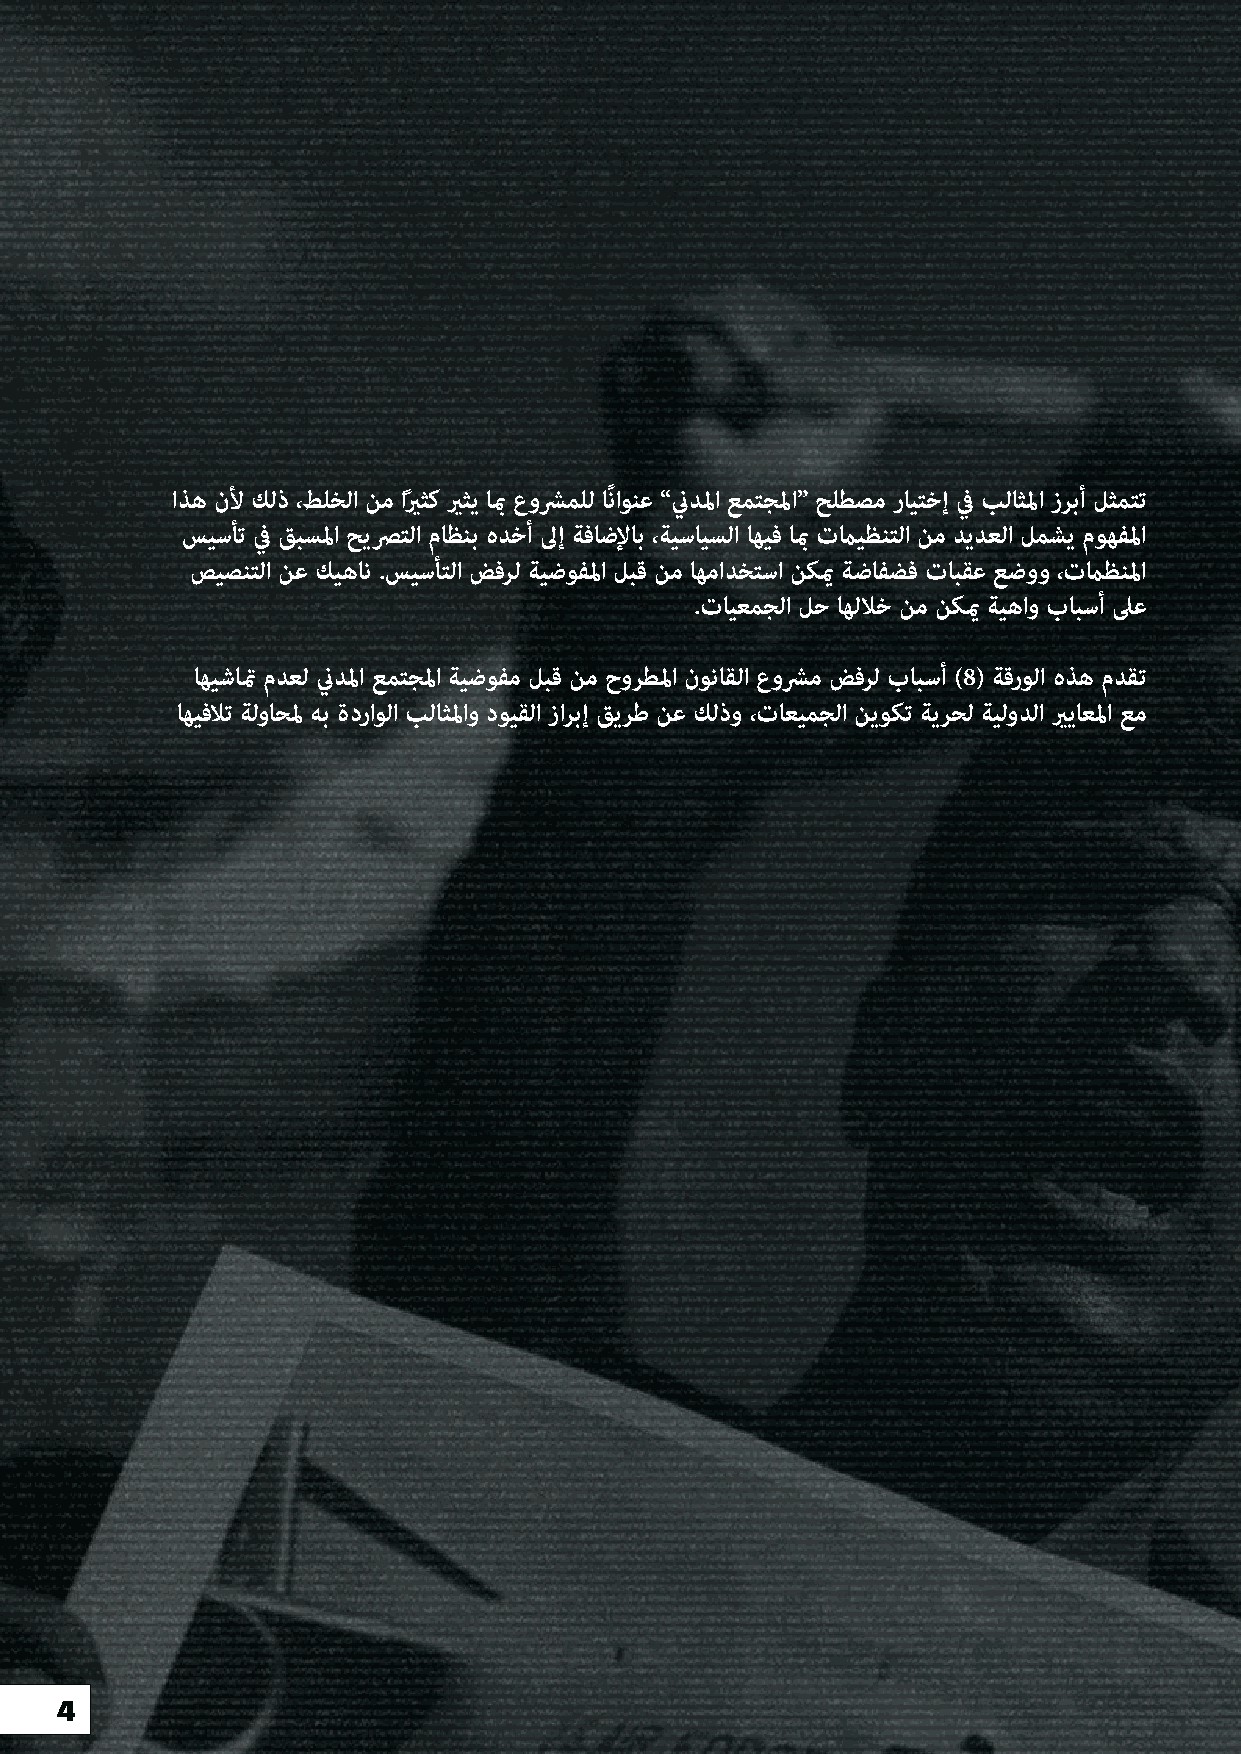
اذه نلأ كلذ ،طلخلا نم اًيرثك يرثي ابم عوشرملل اًناونع ”نيدلما عمتجلما“ حلطصم رايتخإ في بلاثلما زربأ لثمتت
 سيسأت في قبسلما حيصرتلا ماظنب هدخأ لىإ ةفاضلإاب ،ةيسايسلا اهيف ابم تمايظنتلا نم ديدعلا لمشي موهفلما
 صيصنتلا نع كيهان .سيسأتلا ضفرل ةيضوفلما لبق نم اهمادختسا نكيم ةضافضف تابقع عضوو ،تماظنلما
 .تايعمجلا لح اهللاخ نم نكيم ةيهاو بابسأ لىع
 اهيشاتم مدعل نيدلما عمتجلما ةيضوفم لبق نم حورطلما نوناقلا عوشرم ضفرل بابسأ )8( ةقرولا هذه مدقت
 اهيفلات ةلواحلم هب ةدراولا بلاثلماو دويقلا زاربإ قيرط نع كلذو ،تاعيمجلا نيوكت ةيرحل ةيلودلا يرياعلما عم
 4